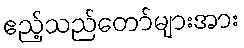
ဧည့်သည်တော်များအား